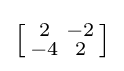
\left[{\begin{smallmatrix}2&-2\\-4&2\end{smallmatrix}}\right]